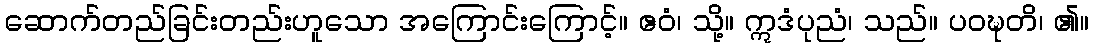
ဆောက်တည်ခြင်းတည်းဟူသော အကြောင်းကြောင့်။ ဧဝံ၊ သို့။ ဣဒံပုညံ၊ သည်။ ပဝဍ္ဎတိ၊ ၏။